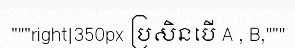
"""right|350px ប្រសិនបើ A , B,"""